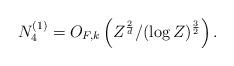
LaTeX: \begin{align*} N_4^{(1)} = O_{F,k} \left(Z^{\frac{2}{d}} / (\log Z)^{\frac{3}{2}} \right). \end{align*}